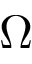
\Omega